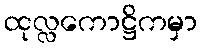
ထုလ္လကောဋ္ဌိကမှာ